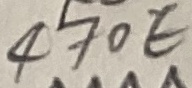
Text: 470E